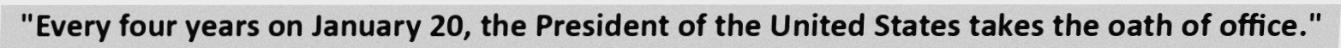
"Every four years on January 20, the President of the United States takes the oath of office."